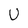
Character: U